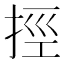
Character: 挳